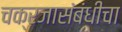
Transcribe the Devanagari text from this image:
चक्रजासंबंधीचा